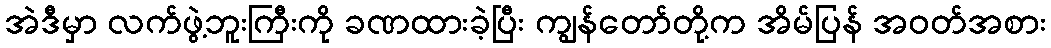
အဲဒီမှာ လက်ဖွဲ့ဘူးကြီးကို ခဏထားခဲ့ပြီး ကျွန်တော်တို့က အိမ်ပြန် အဝတ်အစား